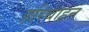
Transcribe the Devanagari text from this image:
हरिबाहन